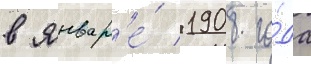
в январ'е́ 1908 го́да